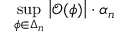
\operatorname* { s u p } _ { \phi \in \Delta _ { n } } \left\vert \mathcal { O } ( \phi ) \right\vert \cdot \alpha _ { n }